Investigations into the jail dietaries of the United Provinces with some observations on the influence of dietary on the physical development and well-being of the people of the United Provinces - Number 48
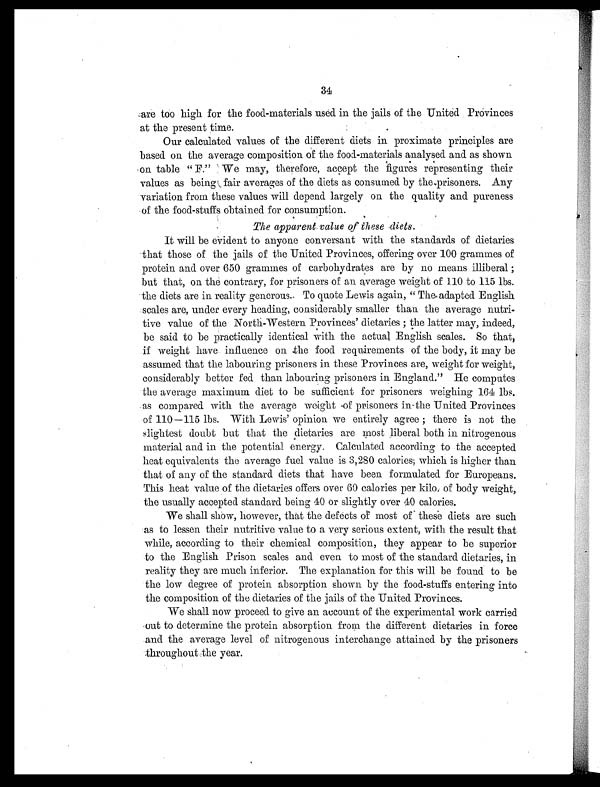
34
are too high for the food-materials used in the jails of the United Provinces
at the present time.
Our calculated values of the different diets in proximate principles are
based on the average composition of the food-materials analysed and as shown
on table " F." We may, therefore, accept the figures representing their
values as being fair averages of the diets as consumed by the prisoners. Any
variation from these values will depend largely on the quality and pureness
of the food-stuffs obtained for consumption.
The apparent value of these diets.
It will be evident to anyone conversant with the standards of dietaries
that those of the jails of the United Provinces, offering over 100 grammes of
protein and over 650 grammes of carbohydrates are by no means illiberal ;
but that, on the contrary, for prisoners of an average weight of 110 to 115 lbs.
the diets are in reality generous. To quote Lewis again, " The adapted English
scales are, under every heading, considerably smaller than the average nutri-
tive value of the North-Western Provinces' dietaries ; the latter may, indeed,
be said to be practically identical with the actual English scales. So that,
if weight have influence on the food requirements of the body, it may be
assumed that the labouring prisoners in these Provinces are, weight for weight,
considerably better fed than labouring prisoners in England." He computes
the average maximum diet to be sufficient for prisoners weighing 164 lbs.
as compared with the average weight of prisoners in the United Provinces
of 110—115 lbs. With Lewis' opinion we entirely agree ; there is not the
slightest doubt but that the dietaries are most liberal both in nitrogenous
material and in the potential energy. Calculated according to the accepted
heat equivalents the average fuel value is 3,280 calories; which is higher than
that of any of the standard diets that have been formulated for Europeans.
This heat value of the dietaries offers over 60 calories per kilo. of body weight,
the usually accepted standard being 40 or slightly over 40 calories.
We shall show, however, that the defects of most of these diets are such
as to lessen their nutritive value to a very serious extent, with the result that
while, according to their chemical composition, they appear to be superior
to the English Prison scales and even to most of the standard dietaries, in
reality they are much inferior. The explanation for this will be found to be
the low degree of protein absorption shown by the food-stuffs entering into
the composition of the dietaries of the jails of the United Provinces.
We shall now proceed to give an account of the experimental work carried
out to determine the protein absorption from the different dietaries in force
and the average level of nitrogenous interchange attained by the prisoners
throughout the year.